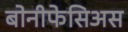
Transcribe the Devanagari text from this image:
बोनीफेसिअस